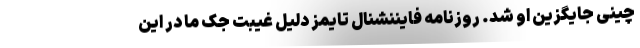
چینی جایگزین او شد. روزنامه فایننشنال تایمز دلیل غیبت جک ما در این